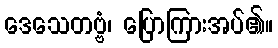
ဒေသေတဗ္ဗံ၊ ပြောကြားအပ်၏။